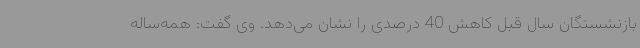
بازنشستگان سال قبل کاهش 40 درصدی را نشان می‌دهد. وی گفت: همه‌ساله